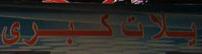
يلات